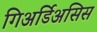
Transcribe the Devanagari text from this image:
गिअर्डिअसिस